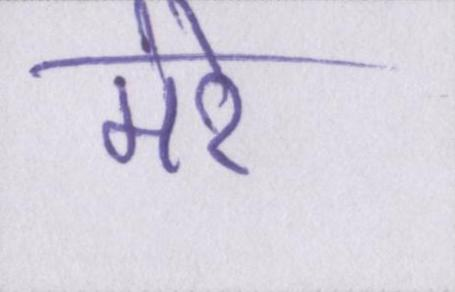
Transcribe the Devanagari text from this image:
मेरे